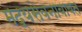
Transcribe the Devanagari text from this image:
मद्यसेवनाबाबत